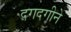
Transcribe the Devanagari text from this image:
दगदगीने